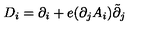
D _ { i } = \partial _ { i } + e ( \partial _ { j } A _ { i } ) \tilde { \partial } _ { j }